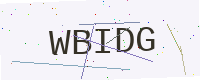
Text: WBIDG